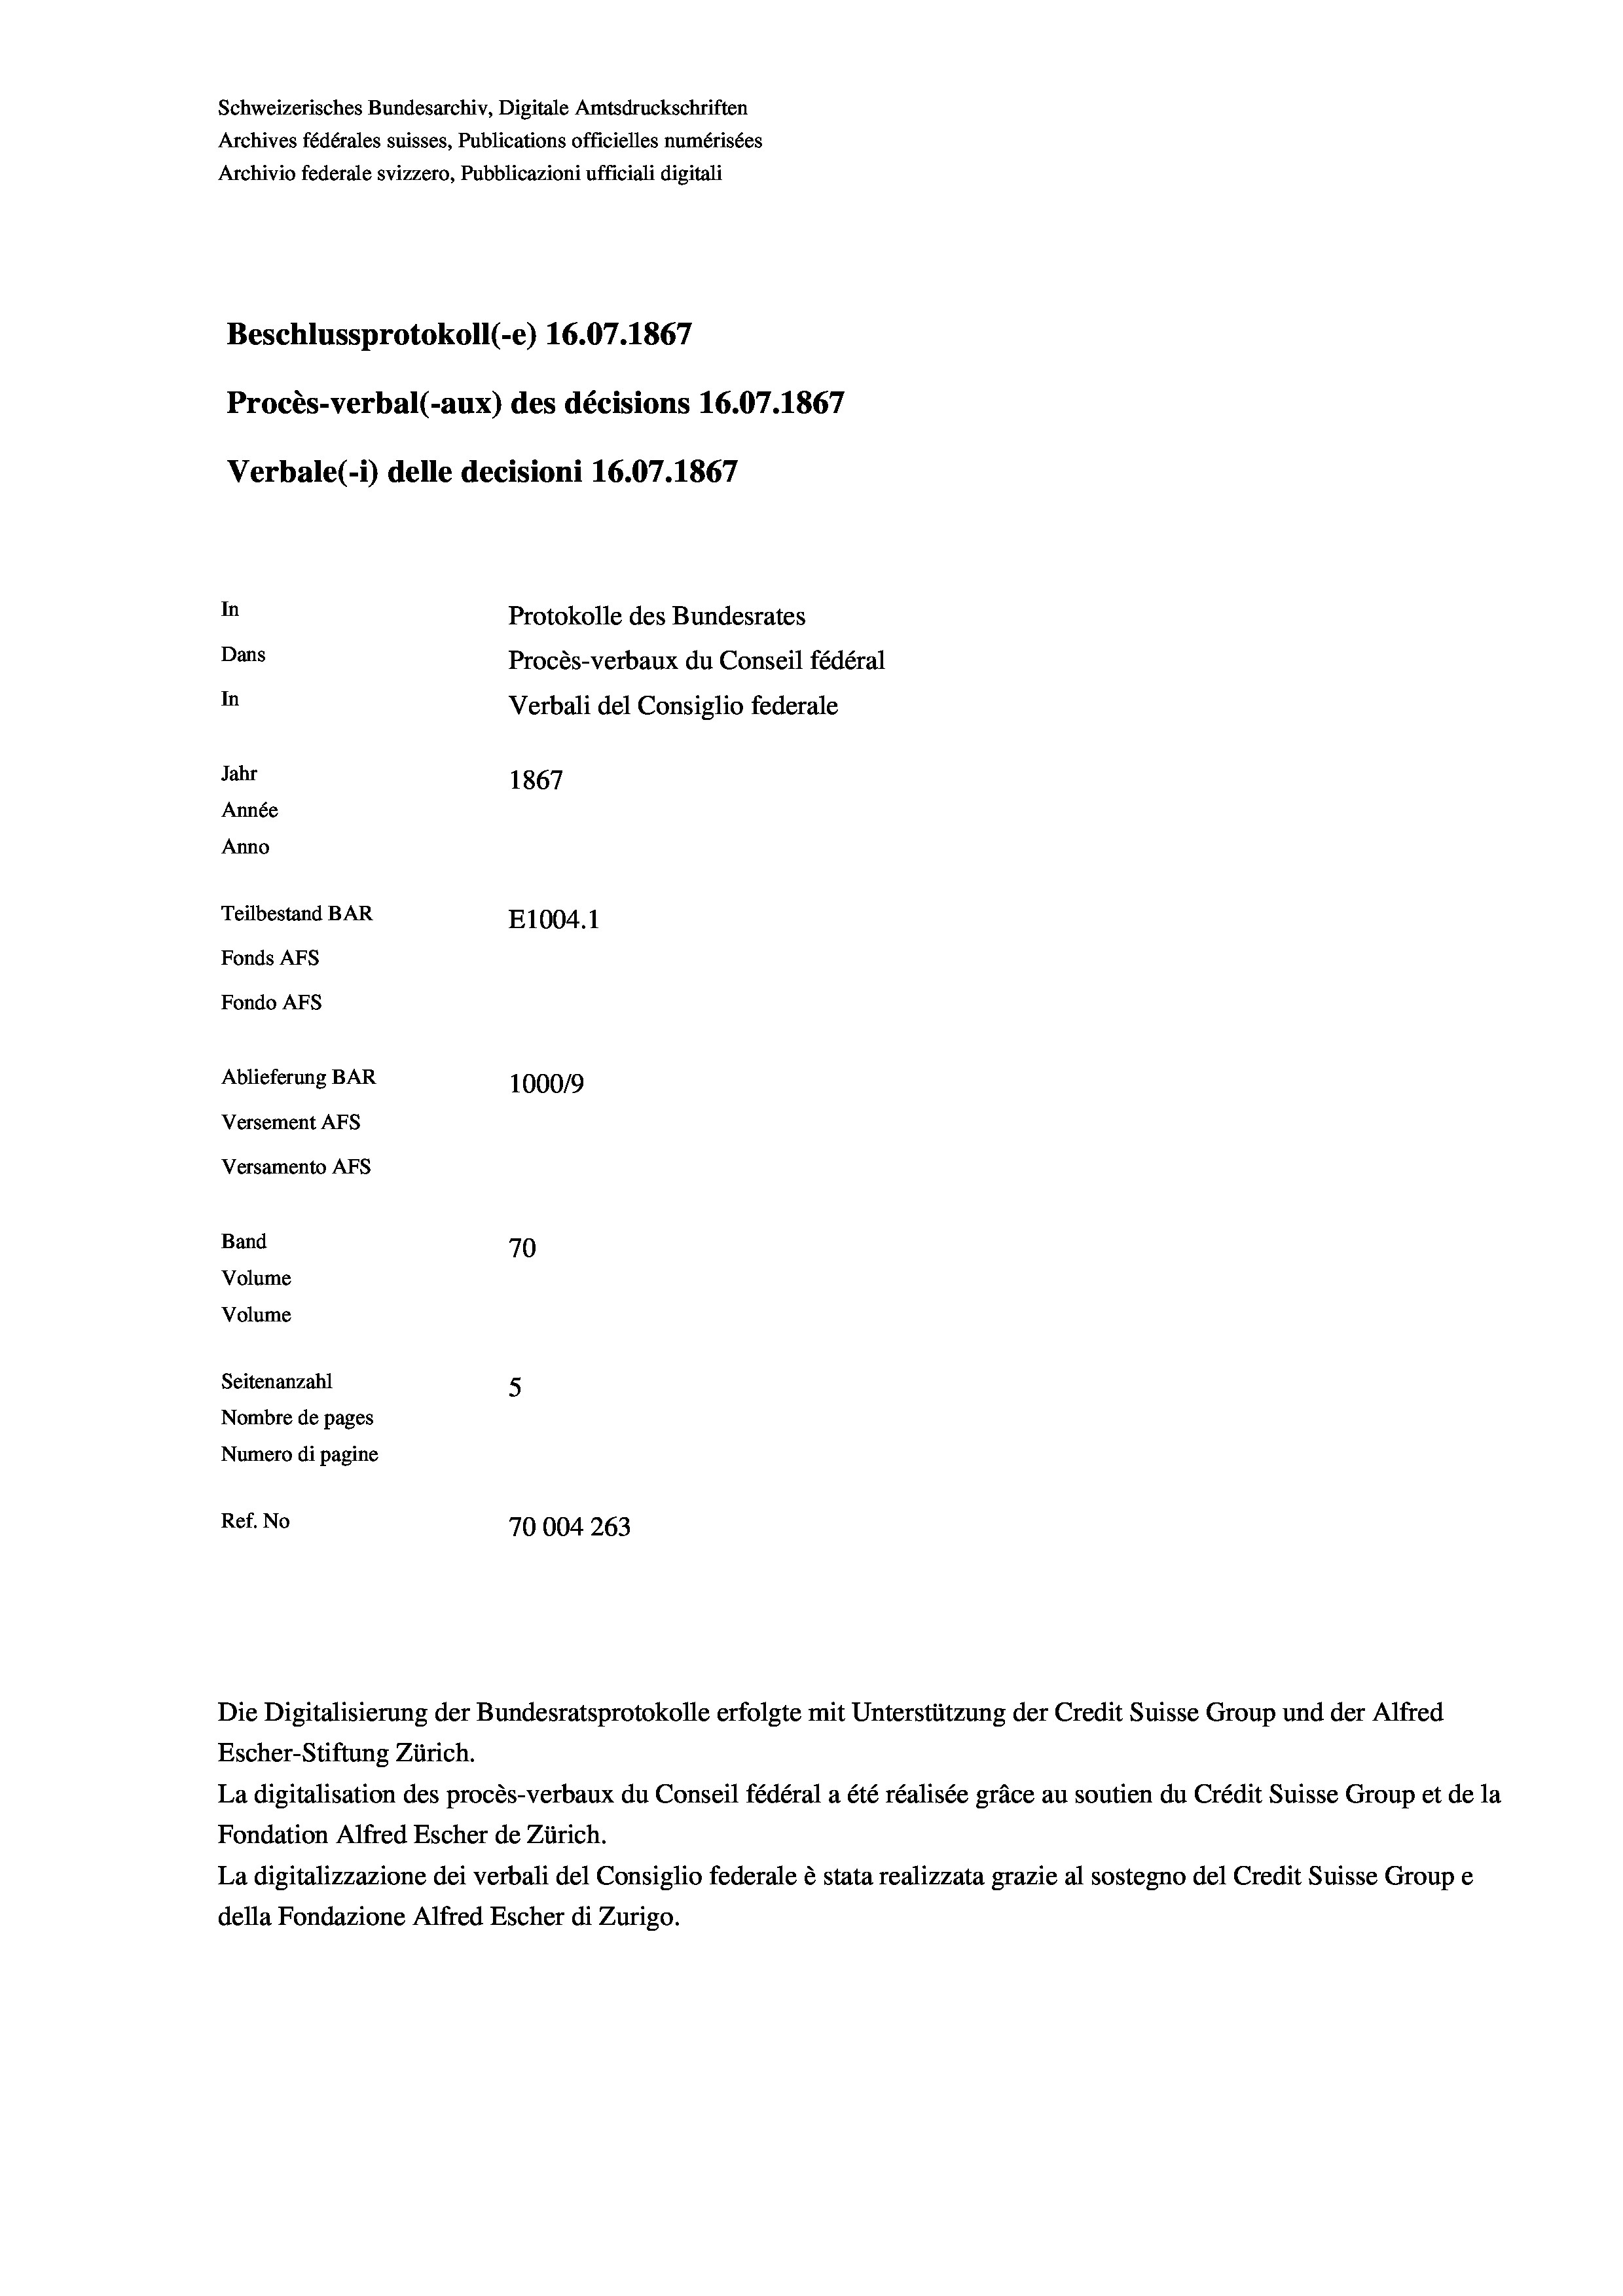
Schweizerisches Bundesarchiv, Digitale Amtsdruckschriften
Archives fédérales suisses, Publications officielles numérisées
Archivio federale svizzero, Pubblicazioni ufficiali digitali
Beschlussprotokoll (-e) 16.07. 1867
Procès-verbal (-aux) des décisions 16.07.1867
Verbale (-*) delle decisioni 16.07. 1867
In
Protokolle des Bundesrates
Dans
Procès-verbaux du Conseil fédéral
In
Jahr
1867
Année
Anno
Teilbestand BAR
E1004.1
Fonds AFs
Fondo AFs
Ablieferung BAR
100019
Versement Abs
Versamento Afs
Band
70
Volume
Volume
Seitenanzahl
5
Nombre de pages
Numero di pagine
Ref. No
70004 263

Verbali del Consiglio federale

Die Digitalisierung der Bundesratsprotokolle erfolgte mit Unterstützung der Credit Suisse Group und der Alfred
Escher-Stiftung Zürich.
La digitalisation des procès-verbaux du Conseil fédéral a été réalisée gräce au soutien du Crédit Suisse Group et de la
Fondation Alfred Escher de Zürich.
La digitalizzazione dei verbali del Consiglio federale è stata realizzata grazie al sostegno del Credit Suisse Groupe
della Fondazione Alfred Escher di Zurigo.